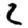
Digit: 2